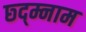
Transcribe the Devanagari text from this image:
छ्द्म्नाम